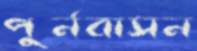
পুর্নবাসন